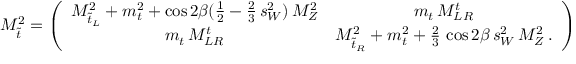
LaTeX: { \cal M } _ { \tilde { t } } ^ { 2 } = \left( \begin{array} { c c } { { M _ { \tilde { t } _ { L } } ^ { 2 } + m _ { t } ^ { 2 } + \cos { 2 \beta } ( { \frac { 1 } { 2 } } - { \frac { 2 } { 3 } } \, s _ { W } ^ { 2 } ) \, M _ { Z } ^ { 2 } } } & { { m _ { t } \, M _ { L R } ^ { t } } } \\ { { m _ { t } \, M _ { L R } ^ { t } } } & { { M _ { \tilde { t } _ { R } } ^ { 2 } + m _ { t } ^ { 2 } + { \frac { 2 } { 3 } } \, \cos { 2 \beta } \, s _ { W } ^ { 2 } \, M _ { Z } ^ { 2 } \, . } } \end{array} \right) \, ,